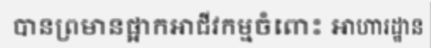
បានព្រមានផ្អាកអាជីវកម្មចំពោះ អាហារដ្ឋាន